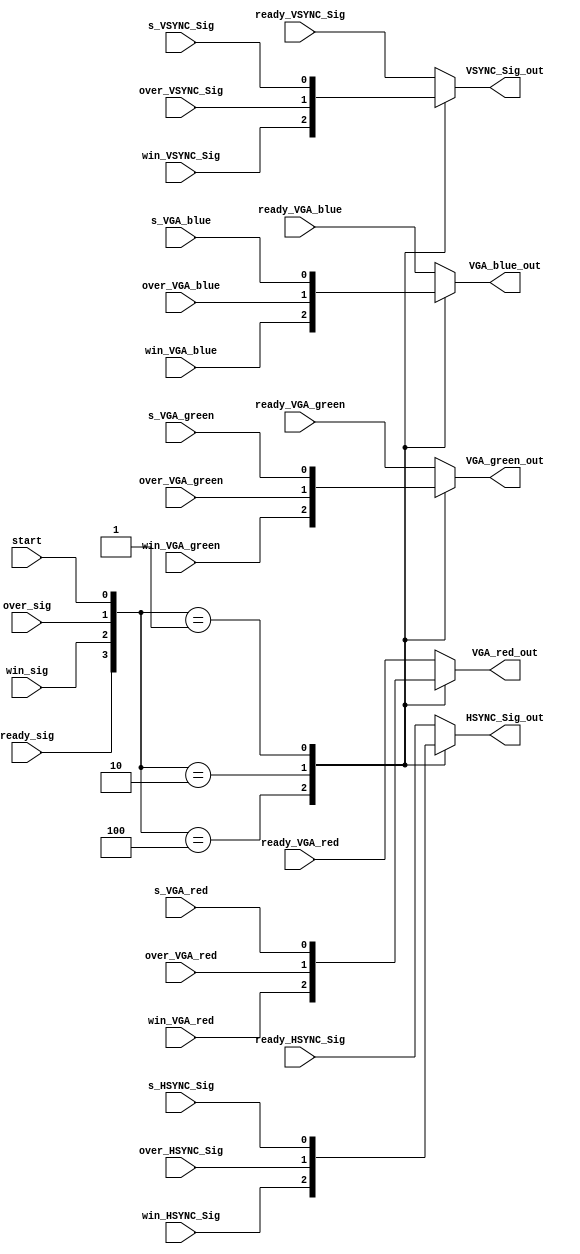
module vga_select_module 
	(
	input ready_VSYNC_Sig,
	input ready_HSYNC_Sig,
	input ready_VGA_red,
	input ready_VGA_green,
	input ready_VGA_blue,
	input win_VSYNC_Sig,
	input win_HSYNC_Sig,
	input win_VGA_red,
	input win_VGA_green,
	input win_VGA_blue,
	input over_VSYNC_Sig,
	input over_HSYNC_Sig,
	input over_VGA_red,
	input over_VGA_green,
	input over_VGA_blue,
	input s_VSYNC_Sig,
	input s_HSYNC_Sig,
	input s_VGA_red,
	input s_VGA_green,
	input s_VGA_blue,
	input ready_sig,
	input win_sig,
	input over_sig,
	input start,
	output VSYNC_Sig_out,
	output HSYNC_Sig_out,
	output VGA_red_out,
	output VGA_green_out,
	output VGA_blue_out
	);
	
	reg VSYNC_Sig;
	reg HSYNC_Sig;
	reg VGA_red;
	reg VGA_green;
	reg VGA_blue;	
	
	always @ (ready_sig or win_sig or over_sig or start)
		  begin
			case({ready_sig,win_sig,over_sig,start})
				4'b1000:
					begin
						VSYNC_Sig = ready_VSYNC_Sig; 
						HSYNC_Sig = ready_HSYNC_Sig;
						VGA_red = ready_VGA_red;
						VGA_green = ready_VGA_green;
						VGA_blue = ready_VGA_blue; 
					end
				4'b0100:
					begin
						VSYNC_Sig = win_VSYNC_Sig; 
						HSYNC_Sig = win_HSYNC_Sig;
						VGA_red = win_VGA_red;
						VGA_green = win_VGA_green;
						VGA_blue = win_VGA_blue; 						
					end				
				4'b0010:
					begin
						VSYNC_Sig = over_VSYNC_Sig; 
						HSYNC_Sig = over_HSYNC_Sig;
						VGA_red = over_VGA_red;
						VGA_green = over_VGA_green;
						VGA_blue = over_VGA_blue; 									
					end				
				4'b0001:
					begin
						VSYNC_Sig = s_VSYNC_Sig; 
						HSYNC_Sig = s_HSYNC_Sig;
						VGA_red = s_VGA_red;
						VGA_green = s_VGA_green;
						VGA_blue = s_VGA_blue; 									
					end			
				default:
					begin
						VSYNC_Sig = ready_VSYNC_Sig; 
						HSYNC_Sig = ready_HSYNC_Sig;
						VGA_red = ready_VGA_red;
						VGA_green = ready_VGA_green;
						VGA_blue = ready_VGA_blue; 						
					end
			endcase
		end
		
	assign	VSYNC_Sig_out = VSYNC_Sig; 
	assign  HSYNC_Sig_out = HSYNC_Sig;
	assign	VGA_red_out = VGA_red;
	assign	VGA_green_out = VGA_green;
	assign	VGA_blue_out = VGA_blue; 		

endmodule